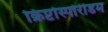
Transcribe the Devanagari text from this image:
क्रिप्टोस्पोरीडम